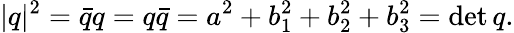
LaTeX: |q|^{2}={\bar{q}}q=q{\bar{q}}=a^{2}+b_{1}^{2}+b_{2}^{2}+b_{3}^{2}=\operatorname*{det}q.